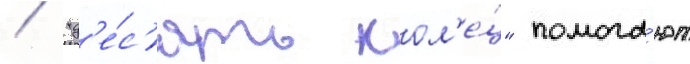
/ "д'е́с'ять кол'е́ц" помога́ют